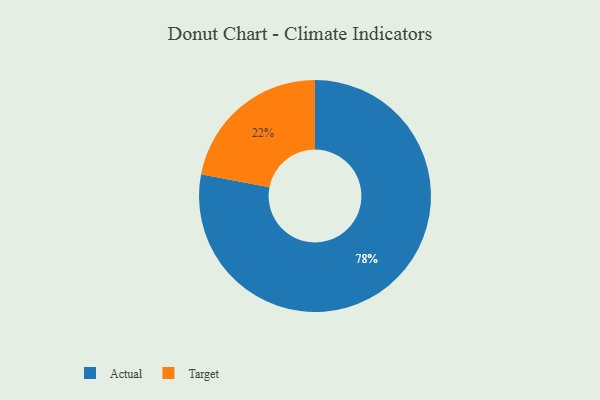
{"axis": {"x": "Category", "y": "Percentage"}, "legend": ["Actual", "Target"], "data": [{"x": "Target", "y": 22, "type": "Target"}, {"x": "Actual", "y": 78, "type": "Actual"}]}